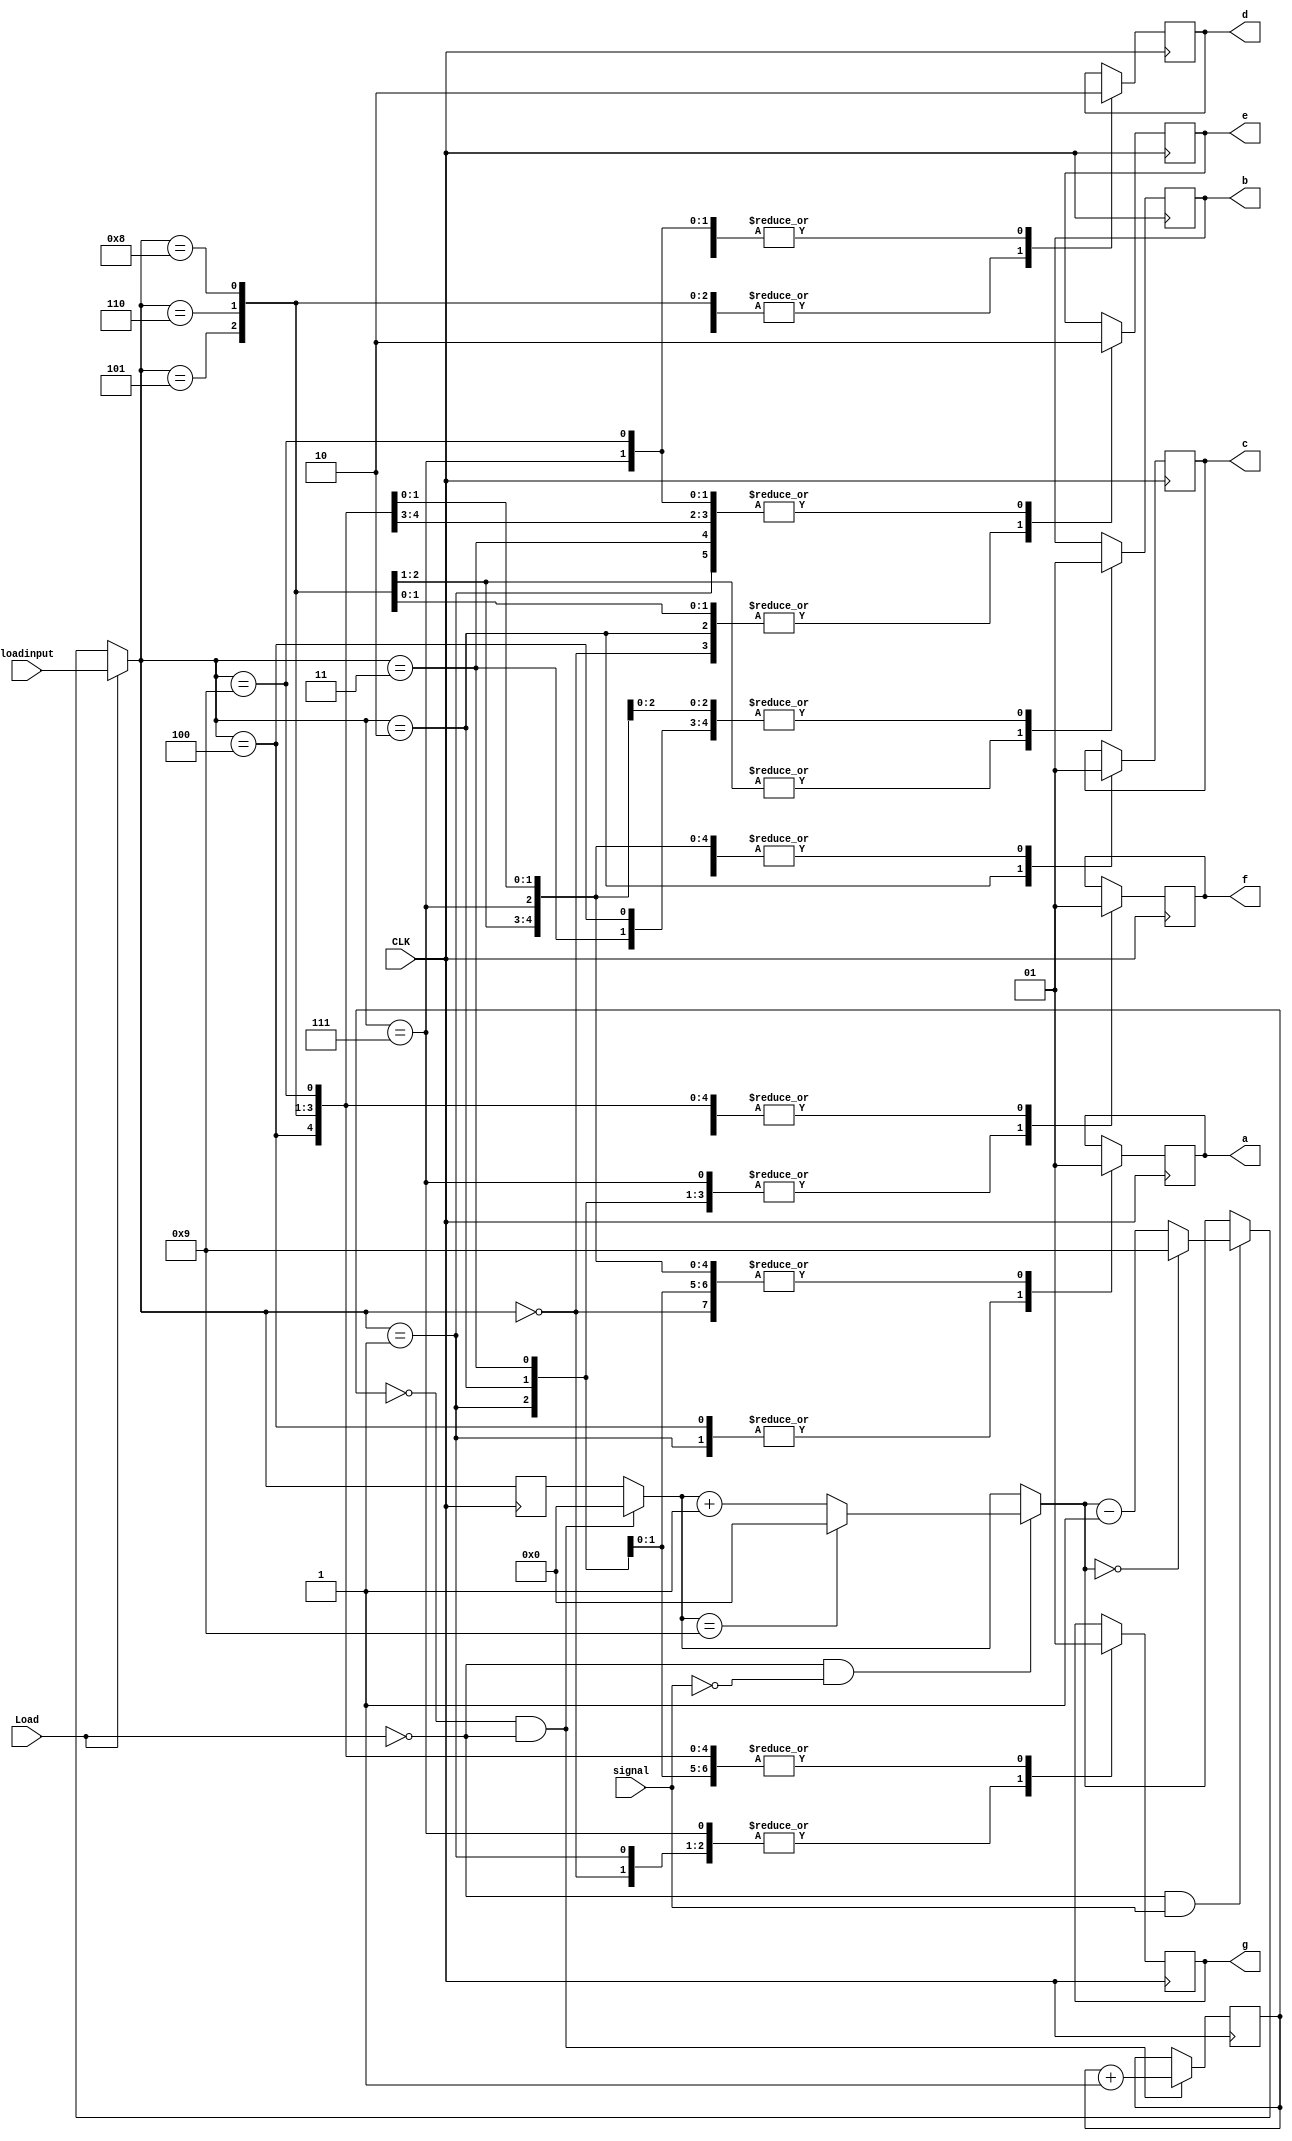
////////////A BCD counter - both upcounter and downcounter - with a synchronous Load 
/////////////when load is 1, the input of user will be loaded 
////////////the output is on a 7 seg
////////////we put a signal which moves our counter between up and down counter. zero is upcounter and one is downcounter
//   a   //
//f     b//
//   g   //   :)
//e     c//
//   d   //

module Counter(loadinput,signal,CLK,Load,a,b,c,d,e,f,g);
    input wire CLK,Load,signal;
    input wire [3:0]loadinput;
    reg [3:0]counter;
    reg flag = 1'b0;
    output reg a,b,c,d,e,f,g;
    
    always@(posedge CLK)
        begin
            if(flag == 1'b0 && Load == 1'b0)    
                begin
                    counter = 4'b0000;
                    flag = flag + 1'b1;
                end
            if(Load == 1'b0 && signal == 1'b0)
                begin
                    if(counter == 4'b1001)
                        counter = 4'b0000;
                    else
                        counter = counter + 4'b0001;
                end
            if(Load == 1'b0 && signal == 1'b1)
                begin
                    if(counter == 4'b0000)
                        counter = 4'b1001;
                    else
                        counter = counter - 4'b0001;
                end
            if(Load == 1'b1)
                counter = loadinput;
            //////////////////////////////////7-seg
            case(counter)
                4'b0000: {a, b, c, d, e, f, g}=7'b1111110;
                4'b0001: {a, b, c, d, e, f, g}=7'b0110000;
                4'b0010: {a, b, c, d, e, f, g}=7'b1101101;
                4'b0011: {a, b, c, d, e, f, g}=7'b1111001;
                4'b0100: {a, b, c, d, e, f, g}=7'b0110011;
                4'b0101: {a, b, c, d, e, f, g}=7'b1011011;
                4'b0110: {a, b, c, d, e, f, g}=7'b1011111;
                4'b0111: {a, b, c, d, e, f, g}=7'b1110000;
                4'b1000: {a, b, c, d, e, f, g}=7'b1111111;
                4'b1001: {a, b, c, d, e, f, g}=7'b1110011;
            endcase
        end
endmodule